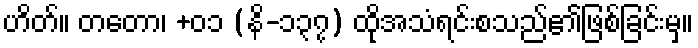
ဟိတ်။ တတော၊ +၀၁ (နိ-၁၃၇) ထိုအသံရင်းစသည်၏ဖြစ်ခြင်းမှ။